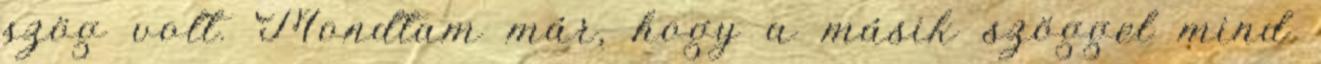
szög volt. Mondtam már, hogy a másik szöggel mind